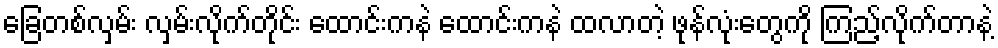
ခြေတစ်လှမ်း လှမ်းလိုက်တိုင်း ထောင်းကနဲ ထောင်းကနဲ ထလာတဲ့ ဖုန်လုံးတွေကို ကြည့်လိုက်တာနဲ့